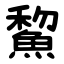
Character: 鯬